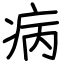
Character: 病